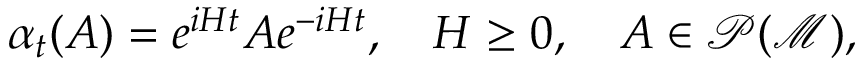
\alpha _ { t } ( A ) = e ^ { i H t } A e ^ { - i H t } , \quad H \geq 0 , \quad A \in \mathcal { P ( M ) } ,